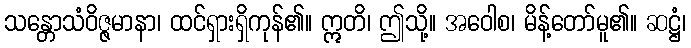
သန္တောသံဝိဇ္ဇမာနာ၊ ထင်ရှားရှိကုန်၏။ ဣတိ၊ ဤသို့။ အဝေါစ၊ မိန့်တော်မူ၏။ ဆဋ္ဌံ၊